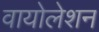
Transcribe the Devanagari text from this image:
वायोलेशन